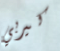
كيربي